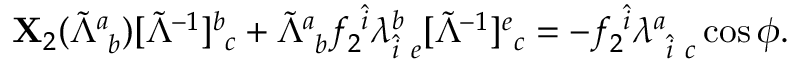
\begin{array} { r } { { \bf X } _ { 2 } ( \tilde { \Lambda } _ { ~ b } ^ { a } ) [ \tilde { \Lambda } ^ { - 1 } ] _ { ~ c } ^ { b } + \tilde { \Lambda } _ { ~ b } ^ { a } f _ { 2 } ^ { ~ \hat { i } } \lambda _ { \hat { i } ~ e } ^ { b } [ \tilde { \Lambda } ^ { - 1 } ] _ { ~ c } ^ { e } = - f _ { 2 } ^ { ~ \hat { i } } \lambda _ { ~ \hat { i } ~ c } ^ { a } \cos \phi . } \end{array}